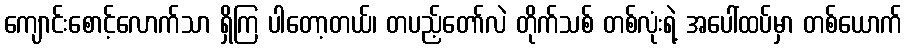
ကျောင်းစောင့်လောက်သာ ရှိကြ ပါတော့တယ်၊ တပည့်တော်လဲ တိုက်သစ် တစ်လုံးရဲ့ အပေါ်ထပ်မှာ တစ်ယောက်